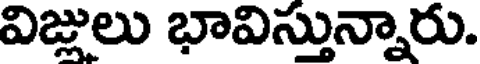
విజ్లులు భావిస్తున్నారు.